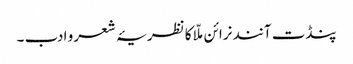
پنڈت آنند نرائن ملّا کا نظریۂ شعر و ادب ۔